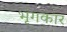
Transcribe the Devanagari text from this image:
भृंगकार